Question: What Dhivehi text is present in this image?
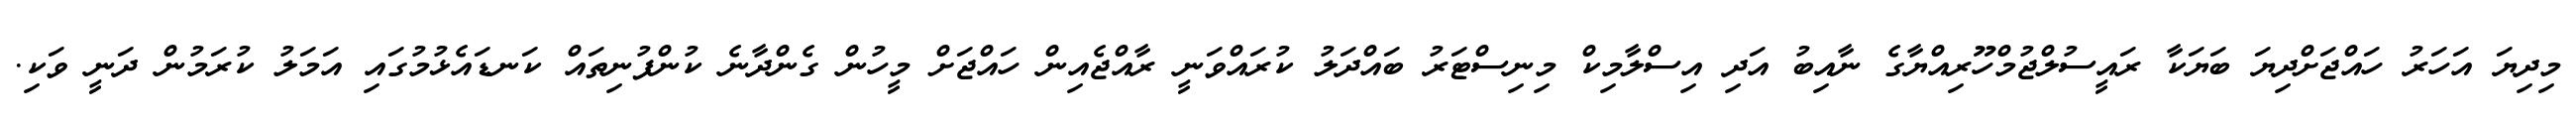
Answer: މިދިޔަ އަހަރު ހައްޖަށްދިޔަ ބަޔަކާ ރައީސުލްޖުމްހޫރިއްޔާގެ ނާއިބު އަދި އިސްލާމިކް މިނިސްޓަރު ބައްދަލު ކުރައްވަނީ ރާއްޖެއިން ހައްޖަށް މީހުން ގެންދާނެ ކުންފުނިތައް ކަނޑައެޅުމުގައި އަމަލު ކުރަމުން ދަނީ ވަކި.